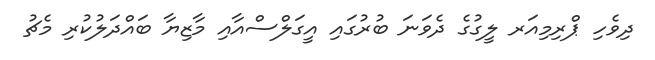
ދިވެހި ޕްރިމިއަރ ލީގުގެ ދެވަނަ ބުރުގައި އީގަލްސްއާއި މާޒިޔާ ބައްދަލުކުރި މެޗު